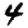
Digit: 4